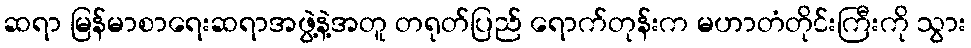
ဆရာ မြန်မာစာရေးဆရာအဖွဲ့နဲ့အတူ တရုတ်ပြည် ရောက်တုန်းက မဟာတံတိုင်းကြီးကို သွား